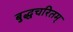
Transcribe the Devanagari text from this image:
बुद्धचरितम्‌